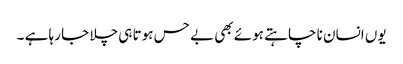
یوں انسان نا چاہتے ہوئے بھی بے حس ہوتا ہی چلا جا رہا ہے ۔